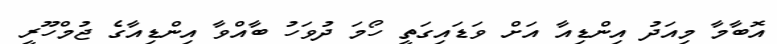
އޮބާމާ މިއަދު އިންޑިއާ އަށް ވަޑައިގަތީ ހޯމަ ދުވަހު ބާއްވާ އިންޑިއާގެ ޖުމްހޫރީ